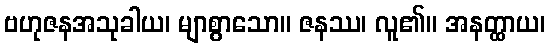
ဗဟုဇနအသုခါယ၊ မျာစွာသော။ ဇနဿ၊ လူ၏။ အနတ္ထာယ၊